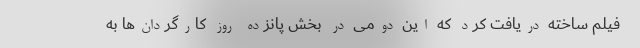
فیلم ساخته دریافت کرد که این دومی در بخش پانزده روز کارگردان‌ها به